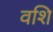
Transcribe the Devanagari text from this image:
वशि